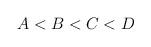
LaTeX: \begin{align*}A < B < C < D\end{align*}